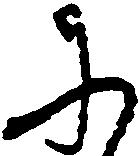
に